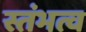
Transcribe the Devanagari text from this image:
स्तंभत्व